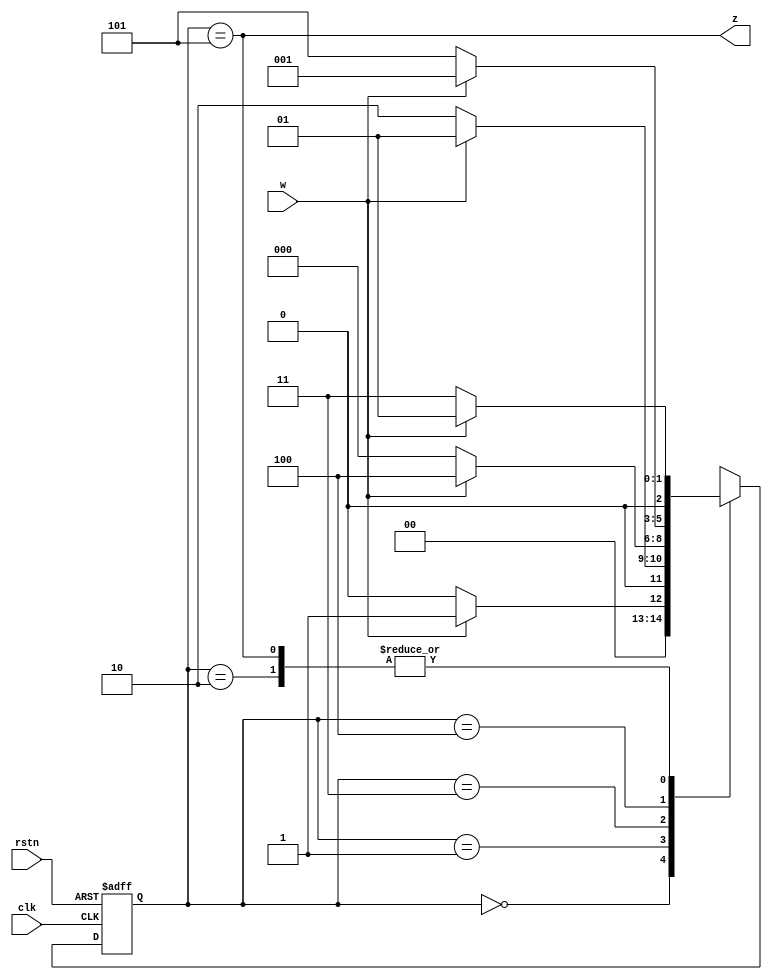
module moore(input clk, 
             input rstn, 
             input w, 
             output z);

reg [2:0] y, Y;
parameter [2:0] q0 = 3'b000, q1 = 3'b001, q2 = 3'b010, q3 = 3'b011, q4 = 3'b100, q5 = 3'b101;

always @(w or y) begin
    case(y)
        q0: if(w) Y = q1; else Y = q0;
        q1: if(w) Y = q1; else Y = q2;
        q2: if(w) Y = q1; else Y = q3;
        q3: if(w) Y = q4; else Y = q0;
        q4: if(w) Y = q1; else Y = q5;
        q5: if(w) Y = q1; else Y = q3;
        default Y = 3'bxxx;
    endcase
end

always @(negedge rstn or posedge clk) begin
    if(rstn == 1'b0) y <= q0;
    else y <= Y;
end

assign z = (y == q5);

endmodule